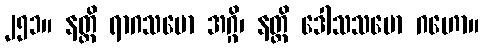
၂၅၁။ နတ္ထိ ရာဂသမော အဂ္ဂိ၊ နတ္ထိ ဒေါသသမော ဂဟော။